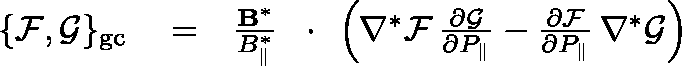
\begin{array} { r l r } { \{ { \cal F } , { \cal G } \} _ { \mathrm { g c } } } & { { } = } & { \frac { { \bf B } ^ { * } } { B _ { \| } ^ { * } } \, \mathrm { ~ \boldmath ~ \cdot ~ } \, \left( \nabla ^ { * } { \cal F } \, \frac { \partial \cal G } { \partial P _ { \| } } - \frac { \partial \cal F } { \partial P _ { \| } } \, \nabla ^ { * } { \cal G } \right) } \end{array}